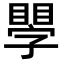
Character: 𥊐